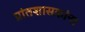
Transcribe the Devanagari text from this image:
प्रांतशासकांना